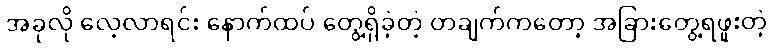
အခုလို လေ့လာရင်း နောက်ထပ် တွေ့ရှိခဲ့တဲ့ တချက်ကတော့ အခြားတွေ့ရဖူးတဲ့